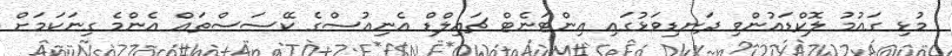
މުޅި ގައުމު ލޮކްޑައުންވި ދަނޑިވަޅުގައި އިންޓަނެޓް ޗައިލްޑް އެނިއުސްގެ ކޭސަސްތައް އެންމެ ގިނަކަމަށް